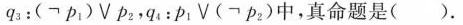
q3：(¬ p_{1}) \vee p_{2}，q_{4}：p_{1} \vee (¬ p_{2})中，真命题是( ).